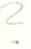
?